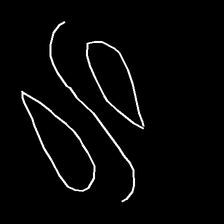
Glyph: water